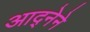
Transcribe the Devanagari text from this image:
आद्नेने